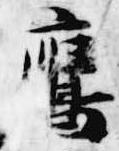
鷹